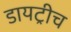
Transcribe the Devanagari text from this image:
डायट्रीच